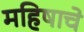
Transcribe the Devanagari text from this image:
महिषाचे